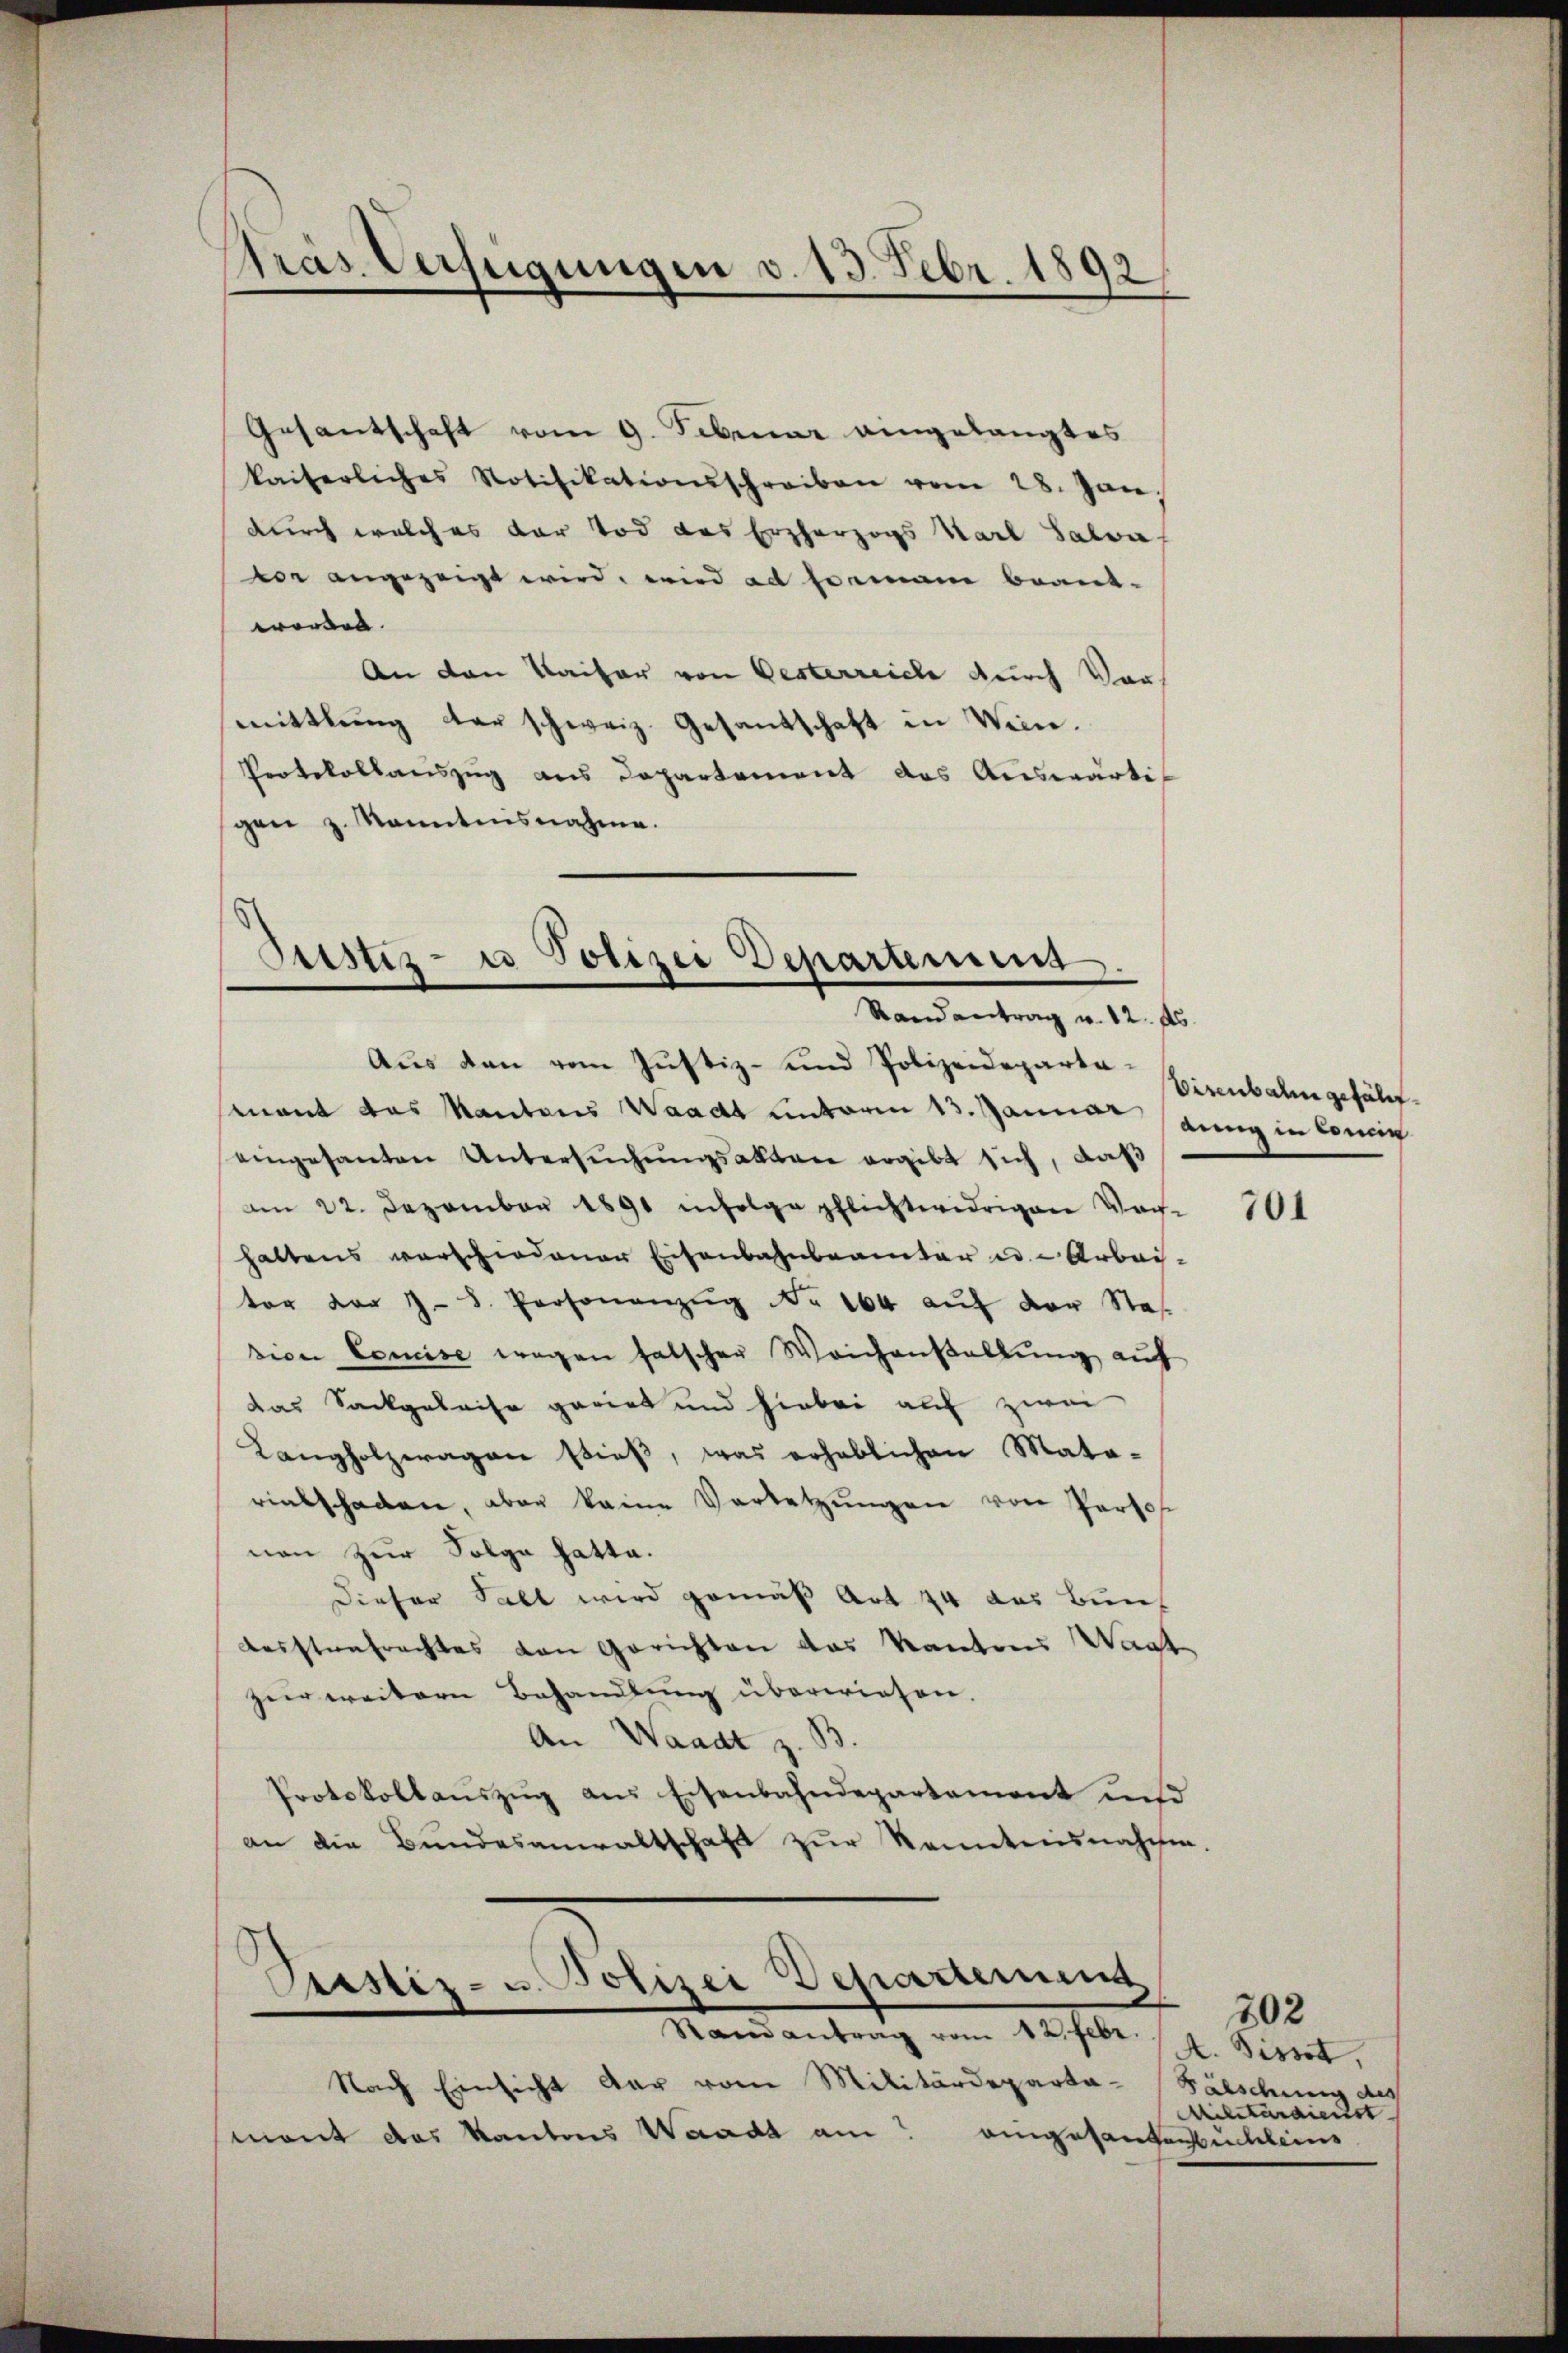
Pras Verfügungen v. 13. Febr. 1892

Gesantschaft vom 9. Februar eingelangtes
kaiserliches Notifikationsschreiben vom 28. Jan.
durch welches der Tod des Erzherzogs Karl Salva
vor angezeigt wird, wird ad so man beant-
worden.
An den Kaiser von Oesterreiche durch Vormittlung der schweiz. Gesandschaft in Wien.
Protokollauszug aus Departement des Auswärtigen z. Kenntnisnahme.

(
Otistiz- u Polizei Departement
Randantrag v. 12. ds.

Aus den vom Justiz- und Polizeidepartamant das Kantons Waadt unterm 13. Januar annig in konnt
eingesanten Untersŭchŭngsakten ergibt sich, daß
am 22. Dezember 1891 infolge pflichtwidrigen Vor-
haltens verschiedener Eisenbahnbeamter es. Arbei-
tor der J. S. Personanzŭg Nr. 164 aŭf der Sta
sion Comise wegen falscher Weichanstallung auf
das Sackgeleise geriet und hiebei auf zwei
Langholzwagen stieß, was erheblichen Mata-
riatschaden, aber keine Verletzŭngen von Perso
nen zur Folge hatte.
Dieser habt wird gemäß Art. 44 das Bun
Aesstrafrachtes von Gerichten das Kantons Wart
zur weitern Behandlung überwiesen.
An Waadt z. B.
Protokollaŭszŭg aŭs Eisenbahndepartement und
an die Bundesanwaltschaft zŭr konntensnahmen.

Pustiz- u. Polizei Departement
Stand antrag vom 12. habe.

Nach Einsicht der vom Militärdeparta-Fälschung des
mont das Kantons Waadt am eingesangenbuchleine

Eisenbahn gefälf¬

701

A. Sisst,
Militärdienst

202